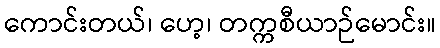
ကောင်းတယ်၊ ဟေ့၊ တက္ကစီယာဉ်မောင်း။